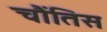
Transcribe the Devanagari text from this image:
चौंतिस